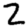
Digit: 2